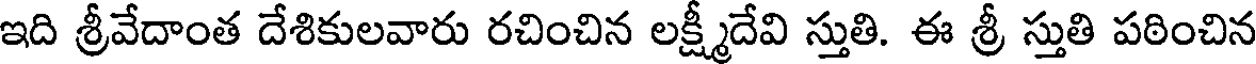
ఇది శ్రీవేదాంత దేశికులవారు రచించిన లక్ష్మీదేవి స్తుతి. ఈ శ్రీ స్తుతి పఠించిన